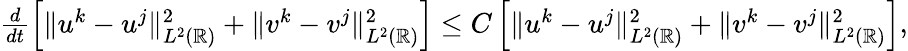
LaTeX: \begin{array}{r}{\frac{d}{dt}\left[\| u^{k}-u^{j}\| _{L^{2}(\mathbb{R})}^{2}+\| v^{k}-v^{j}\| _{L^{2}(\mathbb{R})}^{2}\right]\leq C\left[\| u^{k}-u^{j}\| _{L^{2}(\mathbb{R})}^{2}+\| v^{k}-v^{j}\| _{L^{2}(\mathbb{R})}^{2}\right],}\end{array}